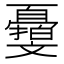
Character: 𣁨